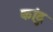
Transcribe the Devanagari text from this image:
कांदु